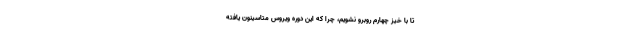
تا با خیز چهارم روبرو نشویم، چرا که این دوره ویروس متاسینون یافته